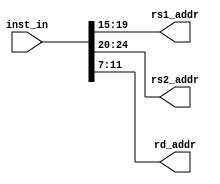
module inst_decode(
    input wire [31:0] inst_in,
    output wire [4:0] rs1_addr,
    output wire [4:0] rs2_addr,
    output wire [4:0] rd_addr
    );
    
    assign rs1_addr = inst_in[19:15];
    assign rs2_addr = inst_in[24:20];
    assign rd_addr = inst_in[11:7];
    
endmodule